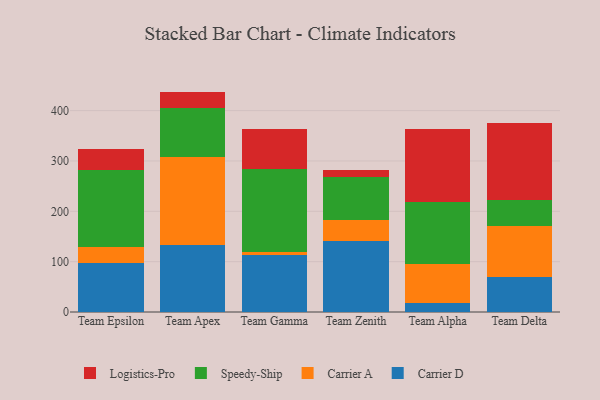
{"axis": {"x": "Team", "y": "Budget (USD K)"}, "legend": ["Carrier A", "Carrier D", "Logistics-Pro", "Speedy-Ship"], "data": [{"x": "Team Epsilon", "y": 97.9, "type": "Carrier D"}, {"x": "Team Epsilon", "y": 31.9, "type": "Carrier A"}, {"x": "Team Epsilon", "y": 152.5, "type": "Speedy-Ship"}, {"x": "Team Epsilon", "y": 41.7, "type": "Logistics-Pro"}, {"x": "Team Apex", "y": 134.0, "type": "Carrier D"}, {"x": "Team Apex", "y": 173.4, "type": "Carrier A"}, {"x": "Team Apex", "y": 97.2, "type": "Speedy-Ship"}, {"x": "Team Apex", "y": 33.2, "type": "Logistics-Pro"}, {"x": "Team Gamma", "y": 113.9, "type": "Carrier D"}, {"x": "Team Gamma", "y": 5.8, "type": "Carrier A"}, {"x": "Team Gamma", "y": 165.3, "type": "Speedy-Ship"}, {"x": "Team Gamma", "y": 78.7, "type": "Logistics-Pro"}, {"x": "Team Zenith", "y": 141.6, "type": "Carrier D"}, {"x": "Team Zenith", "y": 40.6, "type": "Carrier A"}, {"x": "Team Zenith", "y": 86.4, "type": "Speedy-Ship"}, {"x": "Team Zenith", "y": 13.1, "type": "Logistics-Pro"}, {"x": "Team Alpha", "y": 18.2, "type": "Carrier D"}, {"x": "Team Alpha", "y": 78.0, "type": "Carrier A"}, {"x": "Team Alpha", "y": 122.2, "type": "Speedy-Ship"}, {"x": "Team Alpha", "y": 145.6, "type": "Logistics-Pro"}, {"x": "Team Delta", "y": 70.1, "type": "Carrier D"}, {"x": "Team Delta", "y": 100.6, "type": "Carrier A"}, {"x": "Team Delta", "y": 50.9, "type": "Speedy-Ship"}, {"x": "Team Delta", "y": 154.5, "type": "Logistics-Pro"}]}